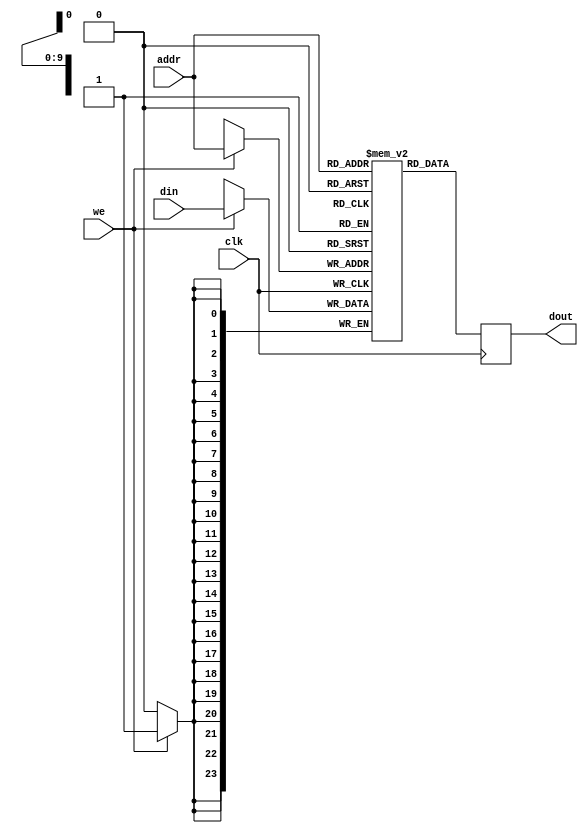
/*
 *  FpgaNeoPixel - A spi to ws2812 machine
 *
 *  Copyright (C) 2020  Hirosh Dabui <hirosh@dabui.de>
 *
 *  Permission to use, copy, modify, and/or distribute this software for any
 *  purpose with or without fee is hereby granted, provided that the above
 *  copyright notice and this permission notice appear in all copies.
 *
 *  THE SOFTWARE IS PROVIDED "AS IS" AND THE AUTHOR DISCLAIMS ALL WARRANTIES
 *  WITH REGARD TO THIS SOFTWARE INCLUDING ALL IMPLIED WARRANTIES OF
 *  MERCHANTABILITY AND FITNESS. IN NO EVENT SHALL THE AUTHOR BE LIABLE FOR
 *  ANY SPECIAL, DIRECT, INDIRECT, OR CONSEQUENTIAL DAMAGES OR ANY DAMAGES
 *  WHATSOEVER RESULTING FROM LOSS OF USE, DATA OR PROFITS, WHETHER IN AN
 *  ACTION OF CONTRACT, NEGLIGENCE OR OTHER TORTIOUS ACTION, ARISING OUT OF
 *  OR IN CONNECTION WITH THE USE OR PERFORMANCE OF THIS SOFTWARE.
 *
 */
module ram_sync(clk, addr, din, dout, we);
parameter ADDRESS_LINES = 1024;
parameter DATA_WIDTH = 24;

input clk;
input [$clog2(ADDRESS_LINES)-1:0] addr;
input [DATA_WIDTH-1:0] din;
output reg[DATA_WIDTH-1:0] dout;

input we;

reg [DATA_WIDTH-1:0] mem [(ADDRESS_LINES)-1:0];

always @(posedge clk) begin
  if (we)
    mem[addr] <= din;

  dout <= mem[addr];
end

endmodule